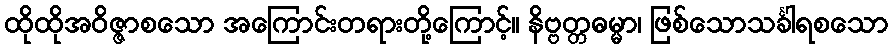
ထိုထိုအဝိဇ္ဇာစသော အကြောင်းတရားတို့ကြောင့်။ နိဗ္ဗတ္တဓမ္မာ၊ ဖြစ်သောသင်္ခါရစသော